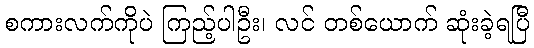
စကားလက်ကိုပဲ ကြည့်ပါဦး၊ လင် တစ်ယောက် ဆုံးခဲ့ရပြီ